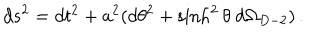
d s ^ { 2 } = d t ^ { 2 } + a ^ { 2 } ( d \theta ^ { 2 } + \sinh ^ { 2 } \theta \ d \Omega _ { D - 2 } ) \, .